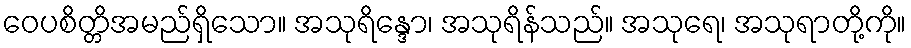
ဝေပစိတ္တိအမည်ရှိသော။ အသုရိန္ဒော၊ အသုရိန်သည်။ အသုရေ၊ အသုရာတို့ကို။